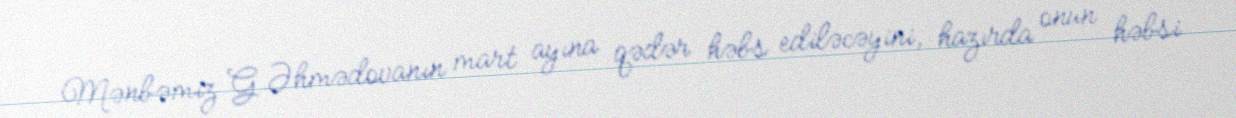
Mənbəmiz G.Əhmədovanın mart ayına qədər həbs ediləcəyini, hazırda onun həbsi